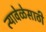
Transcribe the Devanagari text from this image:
त्यावेळेसाठी